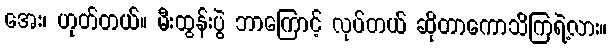
အေး၊ ဟုတ်တယ်။ မီးထွန်းပွဲ ဘာကြောင့် လုပ်တယ် ဆိုတာကောသိကြရဲ့လား။